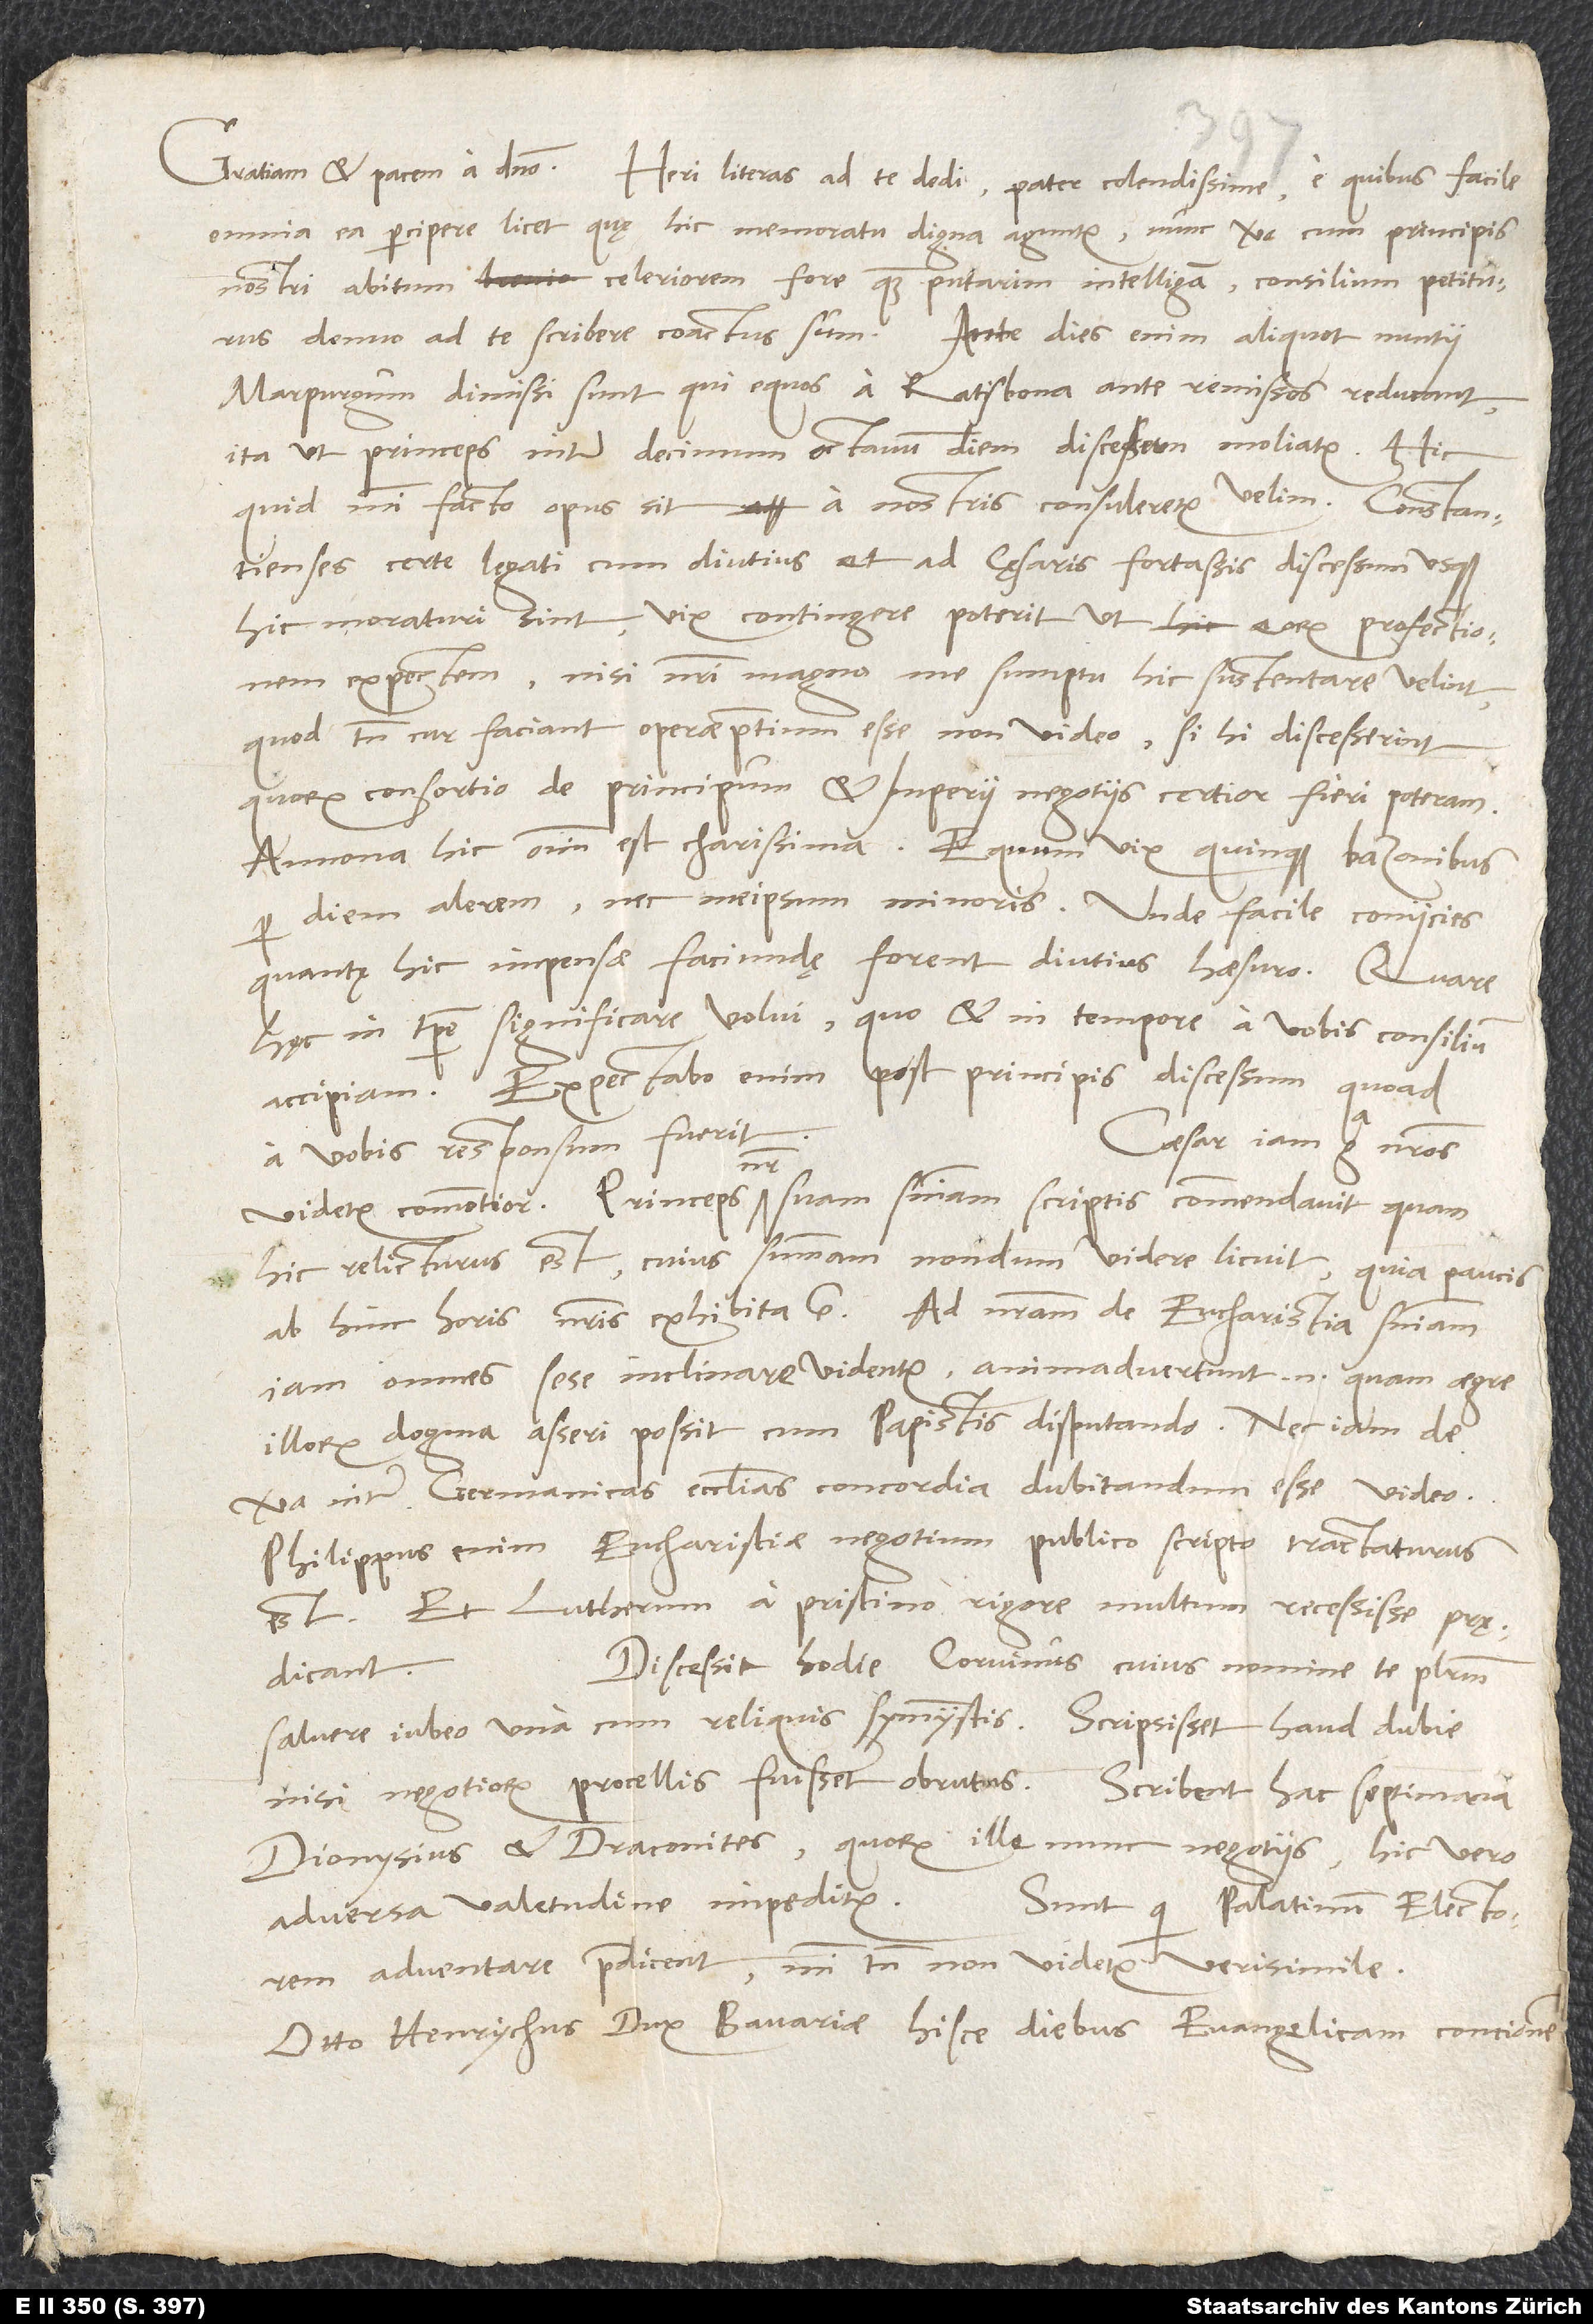
omnia ea percipere licet, quę hic memoratu digna aguntur; nunc vero, cum principis
nostri abitum celeriorem fore, quam putarim, intelligam, consilium petiturus
denuo ad te scribere coactus sum. Ante dies enim aliquot nuntii
Marpurgum dimissi sunt, qui equos a Ratisbona ante remissos reducant,
ita ut princeps inter decimum octavum diem discessum moliatur. Hic
quid mihi facto opus sit, a nostris consuleretur, velim. Constantienses
certe legati cum diutius et ad cęsaris fortassis discessum usque
hic moraturi sint, vix contingere poterit, ut eorum profectionem
expectem, nisi nostri magno me sumptu hic sustentare velint,
quod tamen, cur faciant, operaepretium esse non video, si hi discesserint,
quorum consortio de principum et imperii negotiis certior fieri poteram.
Annona hic omnium est charissima. Equum vix quinque bazonibus
per diem alerem nec meipsum minoris. Unde facile coniicies,
quantę hic impensae faciundę forent diutius haesuro. Quare
hęc in tempore significare volui, quo et in tempore a vobis consilium
Expectabo enim post principis discessum, quoad
Caesar iam erga nostros
a vobis responsum fuerit.
videtur commotior. Princeps noster suam sententiam scriptis commendavit, quam
hic relicturus est, cuius summam nondum videre licuit, quia paucis
ab hinc horis nostris exhibita est. Ad nostram de eucharistia sententiam
iam omnes sese inclinare videntur; animadvertunt enim, quam aegre
illorum dogma asseri possit cum papistis disputando.
vera inter Germanicas ecclesias concordia dubitandum esse video.
Philippus enim eucharistiae negotium publico scripto tractaturus
est. Et Lutherum a pristino rigore multum recessisse prędicant.
Discessit hodie Corvinus, cuius nomine te plurimum
salvere iubeo una cum reliquis symmystis. Scripsisset haud dubie,
nisi negotiorum procellis fuisset obrutus. Scribent hac septimana
Dionysius et Draconites, quorum ille nunc negotiis, hic vero
adversa valetudine impeditur.
Sunt, qui Palatinum electorem
adventare praedicent; mihi tamen non videtur verisimile.
Otto Henrychus, dux Bavariae, hisce diebus evangelicam concionem